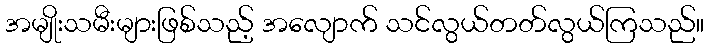
အမျိုးသမီးများဖြစ်သည့် အလျောက် သင်လွယ်တတ်လွယ်ကြသည်။